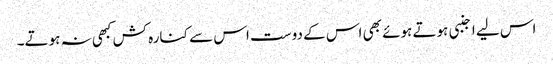
اس لیے اجنبی ہوتے ہوئے بھی اس کے دوست اس سے کنارہ کش کبھی نہ ہوتے۔